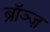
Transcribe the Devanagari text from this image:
ब्रॉञ्ज़